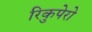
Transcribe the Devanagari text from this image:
रिकुपेरो